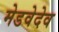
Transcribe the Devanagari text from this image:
मेडवेदेव